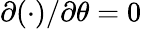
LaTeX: {\partial(\cdot)}/{\partial\theta}=0